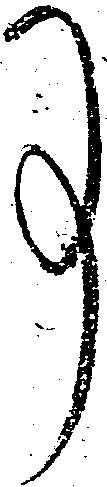
事